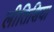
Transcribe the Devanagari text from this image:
लीतिशिया